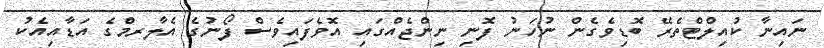
ނައިނާ ކުއިލްޓްތެރޭ ބޮޑިވެގެން ނުހަނު ފޮނި ނިންޖެއްގައި އޮވެފައިވެސް ފޯނުގެ އެލާރމްގެ އަޑާއިއެކު